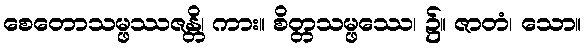
စေတောသမ္ဖဿဇန္တိ၊ ကား။ စိတ္တသမ္ဖဿေ၊ ၌။ ဇာတံ၊ သော။